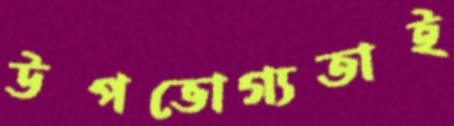
উপভোগ্যতাই